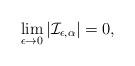
LaTeX: \begin{align*} \lim_{\epsilon \to 0} |\mathcal{I}_{\epsilon,\alpha}|=0, \end{align*}